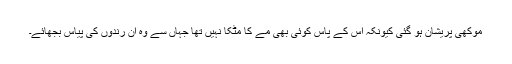
موکھی پریشان ہو گئی کیونکہ اس کے پاس کوئی بھی مے کا مٹکا نہیں تھا جہاں سے وہ ان رندوں کی پیاس بجھائے۔